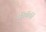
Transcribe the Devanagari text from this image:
रविकीर्ति